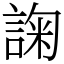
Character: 諊